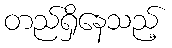
တည်ရှိနေသည့်